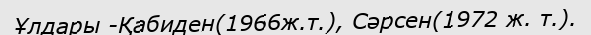
Ұлдары -Қабиден(1966ж.т.), Сәрсен(1972 ж. т.).